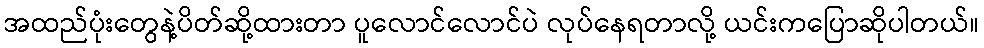
အထည်ပုံးတွေနဲ့ပိတ်ဆို့ထားတာ ပူလောင်လောင်ပဲ လုပ်နေရတာလို့ ယင်းကပြောဆိုပါတယ်။